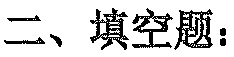
二、填空题：